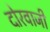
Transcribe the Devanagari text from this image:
दोरवाजी